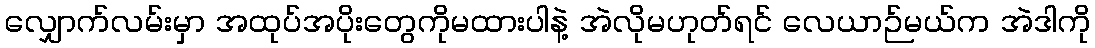
လျှောက်လမ်းမှာ အထုပ်အပိုးတွေကိုမထားပါနဲ့ အဲလိုမဟုတ်ရင် လေယာဉ်မယ်က အဲဒါကို